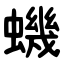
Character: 蟣